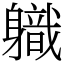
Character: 軄